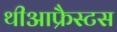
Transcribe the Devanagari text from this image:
थीआफ्रैस्टस